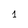
Character: 1